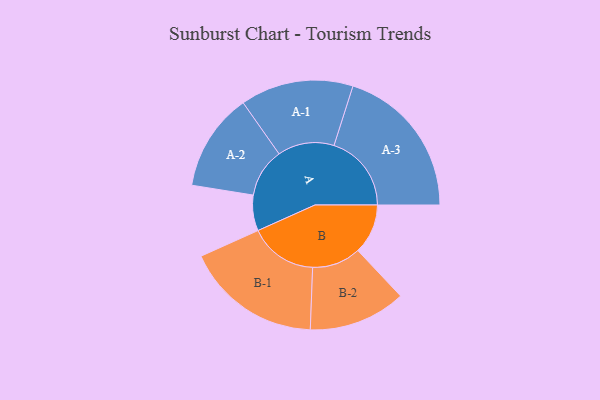
{"axis": {"x": "Segment", "y": "Value"}, "legend": ["", "A", "B"], "data": [{"x": "A", "y": 104, "type": ""}, {"x": "B", "y": 146, "type": ""}, {"x": "A-1", "y": 165, "type": "A"}, {"x": "A-2", "y": 143, "type": "A"}, {"x": "A-3", "y": 226, "type": "A"}, {"x": "B-1", "y": 199, "type": "B"}, {"x": "B-2", "y": 142, "type": "B"}]}